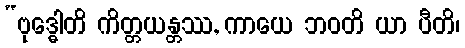
“ဗုဒ္ဓေါတိ ကိတ္တယန္တဿ, ကာယေ ဘဝတိ ယာ ပီတိ၊